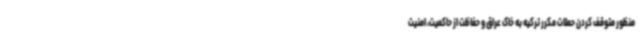
منظور متوقف کردن حملات مکرر ترکیه به خاک عراق و حفاظت از حاکمیت، امنیت